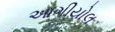
આગીયોલ